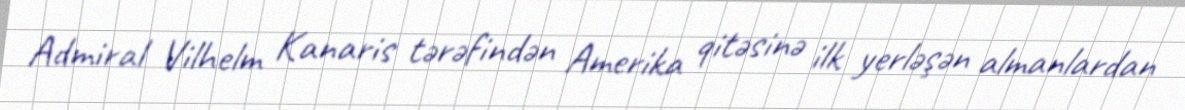
Admiral Vilhelm Kanaris tərəfindən Amerika qitəsinə ilk yerləşən almanlardan